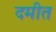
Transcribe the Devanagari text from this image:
दमीत